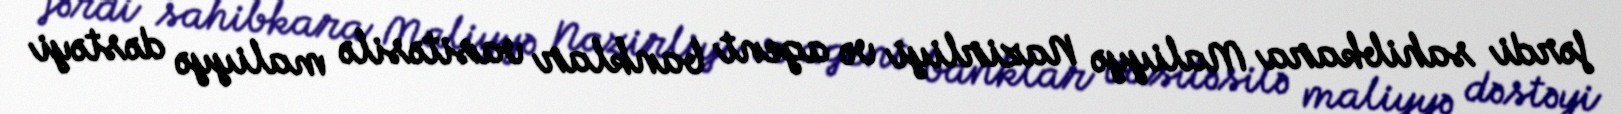
fərdi sahibkara Maliyyə Nazirliyi və agent banklar vasitəsilə maliyyə dəstəyi